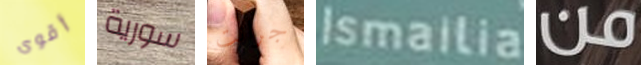
أقوى سورية جرانت Ismailia من